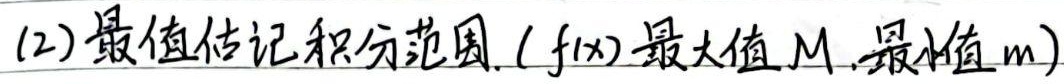
(2) 最值估计积分范围。（\(f(x)\)最大值\(M\)，最小值\(m\)）